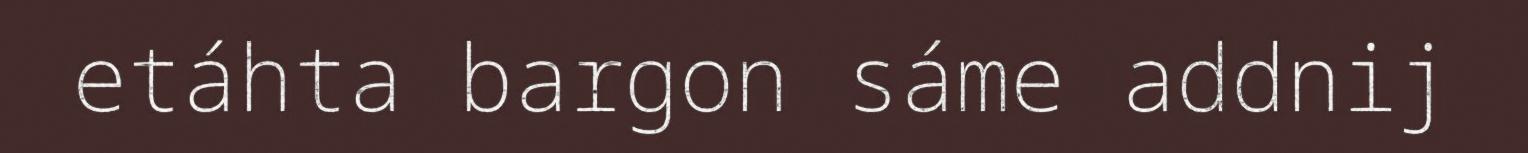
etáhta bargon sáme addnij